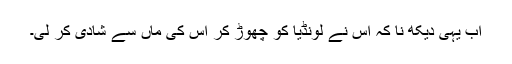
اب یہی دیکھ نا کہ اس نے لونڈیا کو چھوڑ کر اس کی ماں سے شادی کر لی۔